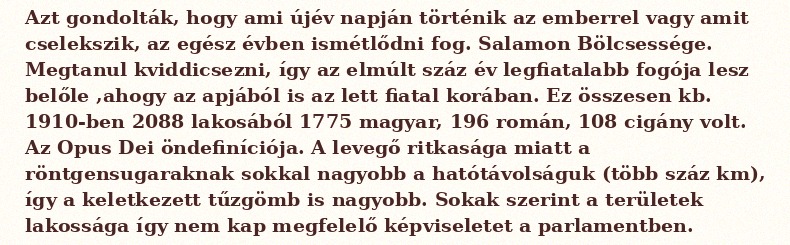
Azt gondolták, hogy ami újév napján történik az emberrel vagy amit cselekszik, az egész évben ismétlődni fog. Salamon Bölcsessége. Megtanul kviddicsezni, így az elmúlt száz év legfiatalabb fogója lesz belőle ,ahogy az apjából is az lett fiatal korában. Ez összesen kb. 1910-ben 2088 lakosából 1775 magyar, 196 román, 108 cigány volt. Az Opus Dei öndefiníciója. A levegő ritkasága miatt a röntgensugaraknak sokkal nagyobb a hatótávolságuk (több száz km), így a keletkezett tűzgömb is nagyobb. Sokak szerint a területek lakossága így nem kap megfelelő képviseletet a parlamentben.